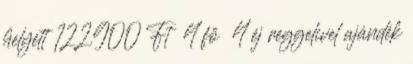
helyett ⚡122.900 Ft 4 fő 4 éj reggelivel ajándék